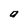
Character: a